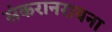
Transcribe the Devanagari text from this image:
संकरानरायना